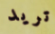
تريد